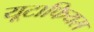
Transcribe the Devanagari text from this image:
यूटाफियस